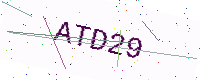
Text: ATD29